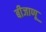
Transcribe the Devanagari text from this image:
बीजाणू